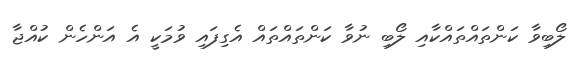
ލޯބިވާ ކަންތައްތައްކާއި ލޯބި ނުވާ ކަންތައްތައް އެގިފައި ވުމަކީ އެ އަންހެން ކުއްޖާ